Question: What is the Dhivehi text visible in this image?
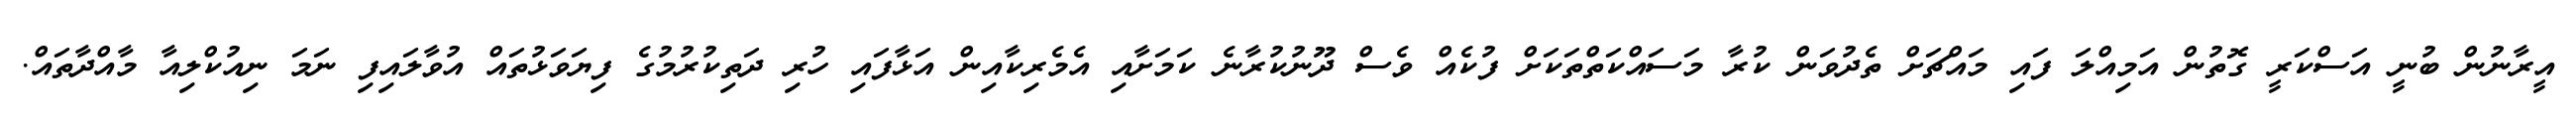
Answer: އީރާނުން ބުނީ އަސްކަރީ ގޮތުން އަމިއްލަ ފައި މައްޗަށް ތެދުވަން ކުރާ މަސައްކަތްތަކަށް ފުކެއް ވެސް ދޫނުކުރާނެ ކަމަށާއި އެމެރިކާއިން އަޅާފައި ހުރި ދަތިކުރުމުގެ ފިޔަވަޅުތައް އުވާލައިފި ނަމަ ނިއުކްލިއާ މާއްދާތައް.